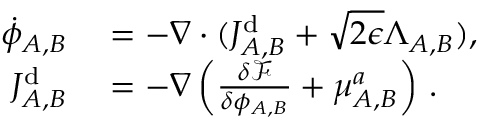
\begin{array} { r l } { \dot { \phi } _ { A , B } } & { { } = - \nabla \cdot ( J _ { A , B } ^ { \mathrm { d } } + \sqrt { 2 \epsilon } \Lambda _ { A , B } ) , } \\ { J _ { A , B } ^ { \mathrm { d } } } & { { } = - \nabla \left( \frac { \delta \mathcal { F } } { \delta \phi _ { A , B } } + \mu _ { A , B } ^ { a } \right) \, . } \end{array}